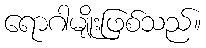
ရောဂါမျိုးဖြစ်သည်။